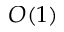
O ( 1 )